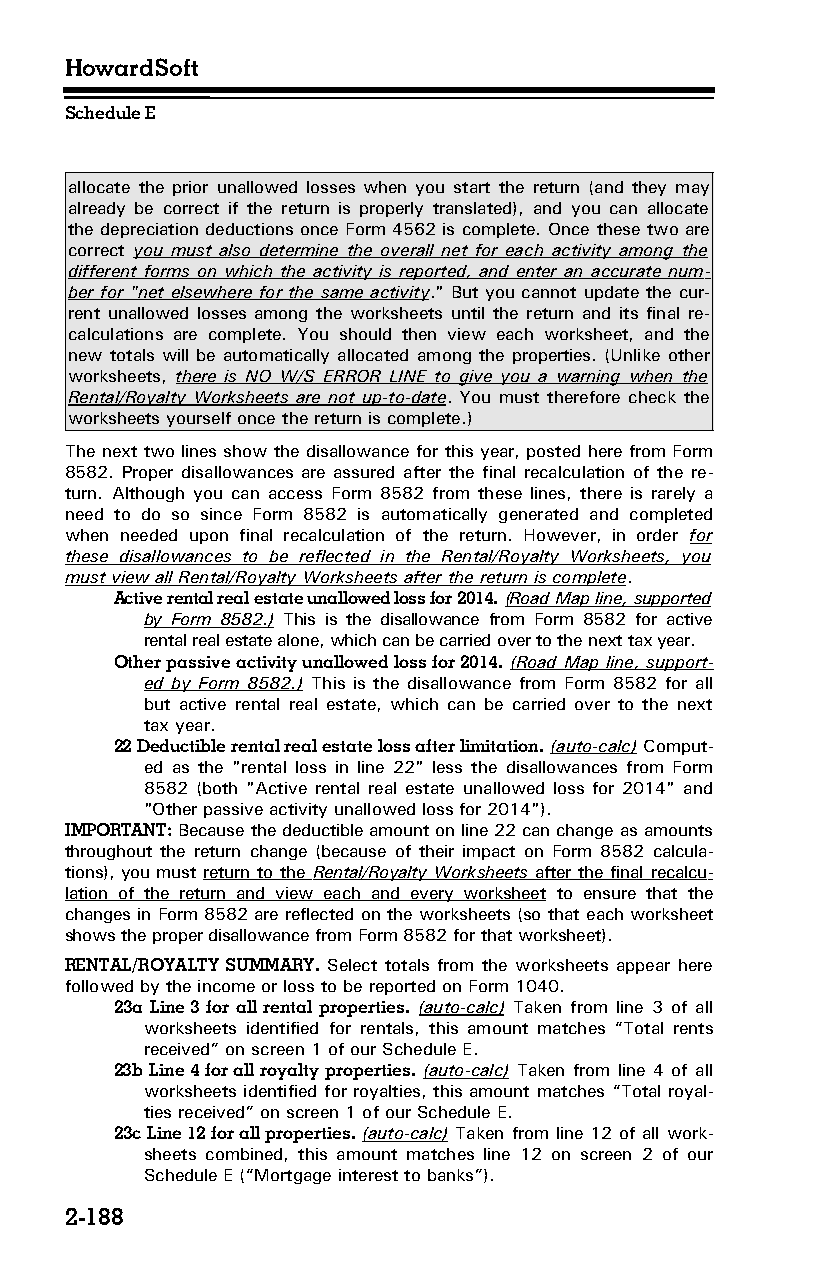
HowardSoft
 Schedule E
 allocate the prior unallowed losses when you start the return (and they may
 already be correct if the return is properly translated), and you can allocate
 the depreciation deductions once Form 4562 is complete. Once these two are
 correct you must also determine the overall net for each activity among the
 different forms on which the activity is reported, and enter an accurate num­
 ber for "net elsewhere for the same activity." But you cannot update the cur­
 rent unallowed losses among the worksheets until the return and its final re­
 calculations are complete. You should then view each worksheet, and the
 new totals will be automatically allocated among the properties. (Unlike other
 worksheets, there is NO W/S ERROR LINE to give you a warning when the
 Rental/Royalty Worksheets are not up-to-date. You must therefore check the
 worksheets yourself once the return is complete.)
 The next two lines show the disallowance for this year, posted here from Form
 8582. Proper disallowances are assured after the final recalculation of the re­
 turn. Although you can access Form 8582 from these lines, there is rarely a
 need to do so since Form 8582 is automatically generated and completed
 when needed upon final recalculation of the return. However, in order for
 these disallowances to be reflected in the Rental/Royalty Worksheets, you
 must view all Rental/Royalty Worksheets after the return is complete.
 Active rental real estate unallowed loss for 2014. (Road Map line, supported
 by Form 8582.) This is the disallowance from Form 8582 for active
 rental real estate alone, which can be carried over to the next tax year.
 Other passive activity unallowed loss for 2014. (Road Map line, support­
 ed by Form 8582.) This is the disallowance from Form 8582 for all
 but active rental real estate, which can be carried over to the next
 tax year.
 22 Deductible rental real estate loss after limitation. (auto-calc) Comput­
 ed as the "rental loss in line 22" less the disallowances from Form
 8582 (both "Active rental real estate unallowed loss for 2014" and
 "Other passive activity unallowed loss for 2014").
 IMPORTANT: Because the deductible amount on line 22 can change as amounts
 throughout the return change (because of their impact on Form 8582 calcula­
 tions), you must return to the Rental/Royalty Worksheets after the final recalcu­
 lation of the return and view each and every worksheet to ensure that the
 changes in Form 8582 are reflected on the worksheets (so that each worksheet
 shows the proper disallowance from Form 8582 for that worksheet).
 RENTAL/ROYALTY SUMMARY. Select totals from the worksheets appear here
 followed by the income or loss to be reported on Form 1040.
 23a Line 3 for all rental properties. (auto-calc) Taken from line 3 of all
 worksheets identified for rentals, this amount matches “Total rents
 received” on screen 1 of our Schedule E.
 23b Line 4 for all royalty properties. (auto-calc) Taken from line 4 of all
 worksheets identified for royalties, this amount matches “Total royal­
 ties received” on screen 1 of our Schedule E.
 23c Line 12 for all properties. (auto-calc) Taken from line 12 of all work­
 sheets combined, this amount matches line 12 on screen 2 of our
 Schedule E (“Mortgage interest to banks”).
 2-188